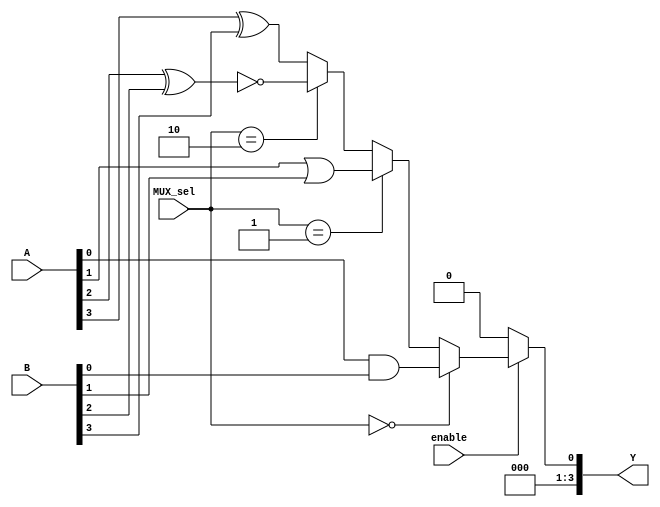
module CombinationalLogicBlock (
    input wire [3:0] A,          // 4-bit input A
    input wire [3:0] B,          // 4-bit input B
    input wire [1:0] MUX_sel,     // MUX selection signal
    input wire enable,            // Enable signal
    output wire [3:0] Y          // 4-bit output Y
);

// Internal wires for LUTs
wire [3:0] lut_out;
wire [3:0] mux_out;

// Look-Up Table (LUT) implementation
// Example: LUT for a simple logic function (A AND B)
assign lut_out[0] = A[0] & B[0];  // LUT0: A0 AND B0
assign lut_out[1] = A[1] | B[1];  // LUT1: A1 OR B1
assign lut_out[2] = ~(A[2] ^ B[2]); // LUT2: NOT (A2 XOR B2)
assign lut_out[3] = A[3] ^ B[3];  // LUT3: A3 XOR B3

// Multiplexer implementation
// MUX to select between different LUT outputs based on MUX_sel
assign mux_out = (MUX_sel == 2'b00) ? lut_out[0] :
                 (MUX_sel == 2'b01) ? lut_out[1] :
                 (MUX_sel == 2'b10) ? lut_out[2] :
                 lut_out[3]; // Default case for MUX_sel == 2'b11

// Output logic based on enable signal
assign Y = enable ? mux_out : 4'b0000; // If not enabled, output is 0

endmodule